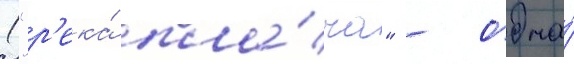
("р'ека́ пла́ча" - одна́